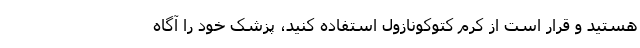
هستید و قرار است از کرم کتوکونازول استفاده کنید، پزشک خود را آگاه